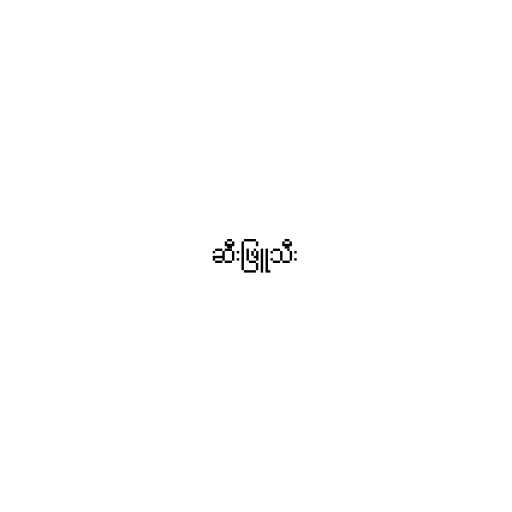
ဆီးဖြူသီး